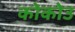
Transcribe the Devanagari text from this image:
कोकोउ